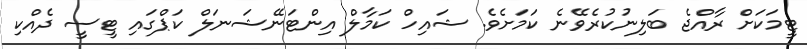
ޓީމަކަށް ރާއްޖެ ބަލިނުކުރެވޭނެ ކަމަށެވެ. ޝައިހް ކަމާލް އިންޓަނޭޝަނަލް ކަޕްގައި ޓީސީ ދެއްކި